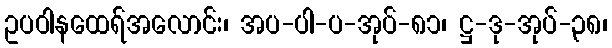
ဥပဝါနထေရ်အလောင်း၊ အပ-ပါ-ပ-အုပ်-၈၁၊ ဋ္ဌ-ဒု-အုပ်-၃၈၊